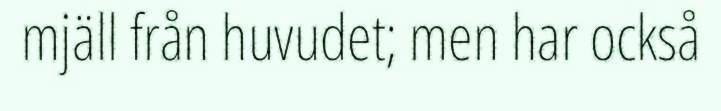
mjäll från huvudet; men har också